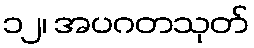
၁၂၊ အပဂတသုတ်